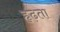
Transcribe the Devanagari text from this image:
हृढ़ता